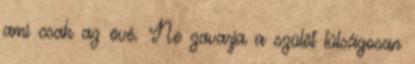
ami csak az övé. Ne zavarja a szülõt túlságosan